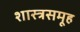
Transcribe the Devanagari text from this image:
शास्त्रसमूह